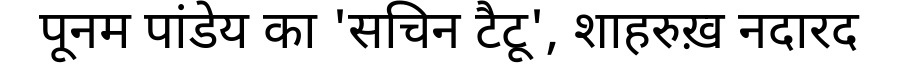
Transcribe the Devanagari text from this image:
पूनम पांडेय का 'सचिन टैटू', शाहरुख़ नदारद